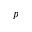
p